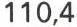
110,4